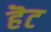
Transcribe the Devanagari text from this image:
हॆट